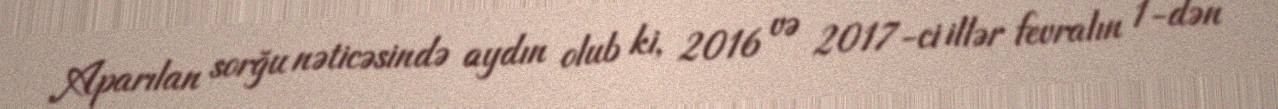
Aparılan sorğu nəticəsində aydın olub ki, 2016 və 2017-ci illər fevralın 1-dən